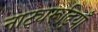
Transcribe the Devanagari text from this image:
नाट्यरूढ़ियाँ